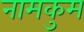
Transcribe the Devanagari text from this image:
नामकुम